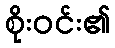
စိုးဝင်း၏